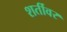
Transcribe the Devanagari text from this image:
शर्तीवर